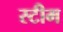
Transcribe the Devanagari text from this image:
स्‍टीम